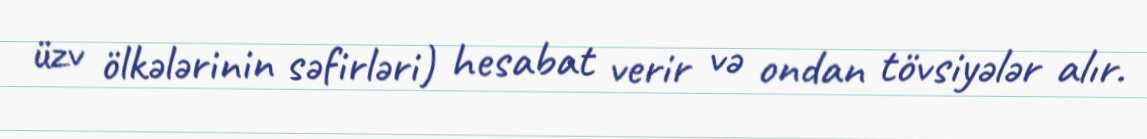
üzv ölkələrinin səfirləri) hesabat verir və ondan tövsiyələr alır.